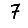
Digit: 7